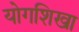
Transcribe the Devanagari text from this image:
योगशिखा